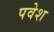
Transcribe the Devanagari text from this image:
पवेश